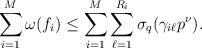
LaTeX: \begin{align*}\sum_{i=1}^M \omega(f_i)\le \sum_{i=1}^M \sum_{\ell=1}^{R_i} \sigma_q(\gamma_{i\ell}p^{\nu}).\end{align*}